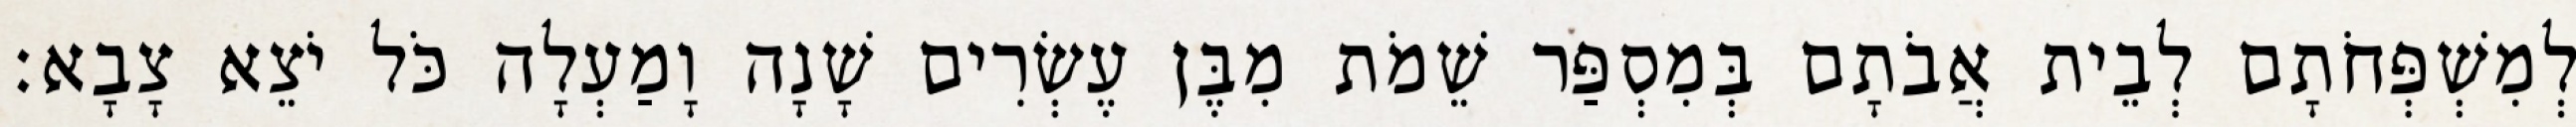
לְמִשְׁפְּחֹתָם לְבֵית אֲבֹתָם בְּמִסְפַּר שֵׁמֹת מִבֶּן עֶשְׂרִים שָׁנָה וָמַעְלָה כֹּל יֹצֵא צָבָא׃